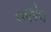
રાણોલ